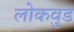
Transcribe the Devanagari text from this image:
लोकवुड